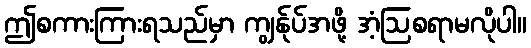
ဤစကားကြားရသည်မှာ ကျွန်ုပ်အဖို့ အံ့ဩစရာမလိုပါ။